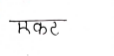
मजकूर: एकट